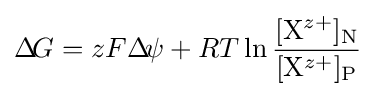
\Delta \!G=zF\Delta \!\psi +RT\ln {\frac {[\mathrm {X} ^{z+}]_{\text{N}}}{[\mathrm {X} ^{z+}]_{\text{P}}}}